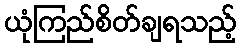
ယုံကြည်စိတ်ချရသည့်